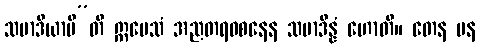
သမာဒိယာမီ”တိ ဣမေသံ အညတရဝစနေန သမာဒိန္နံ ဟောတိ။ တေန ပန